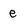
Character: e